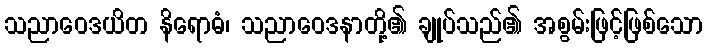
သညာဝေဒယိတ နိရောဓံ၊ သညာဝေဒနာတို့၏ ချုပ်သည်၏ အစွမ်းဖြင့်ဖြစ်သော